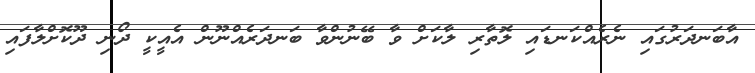
އާބަނދަރުގައި ނެރެއްކަނޑައި ލޮތާރި ލާކަށް ވާ ބޭނުންވާ ބަނދަރެއްނޫން އެއީކީ ދޯނި ދޫކޮށްލާފައި